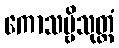
ကောသမ္ဗိသုတ္တံ